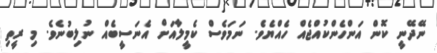
ނޭދޭނީ ކޮން އަންހެންކުއްޖެއް ހެއްޔެވެ. ނަމަވެސް ކެމީލާއަށް އެނަސީބެއް ނުލިބުނެވެ. މި ރީތި